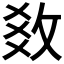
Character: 𢼫